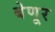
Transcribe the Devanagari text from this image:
बेणूर